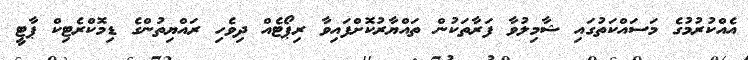
އެއްކުރުމުގެ މަސައްކަތުގައި ޝާމިލުވާ ފަރާތަކުން ތައްޔާރުކޮށްފައިވާ ރިޕޯޓެއް ދިވެހި ރައްޔިތުންގެ ޑިމޮކްރެޓިކް ޕާޓީ